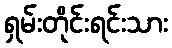
ရှမ်းတိုင်းရင်းသား